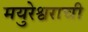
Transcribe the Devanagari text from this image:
मयुरेश्वराची